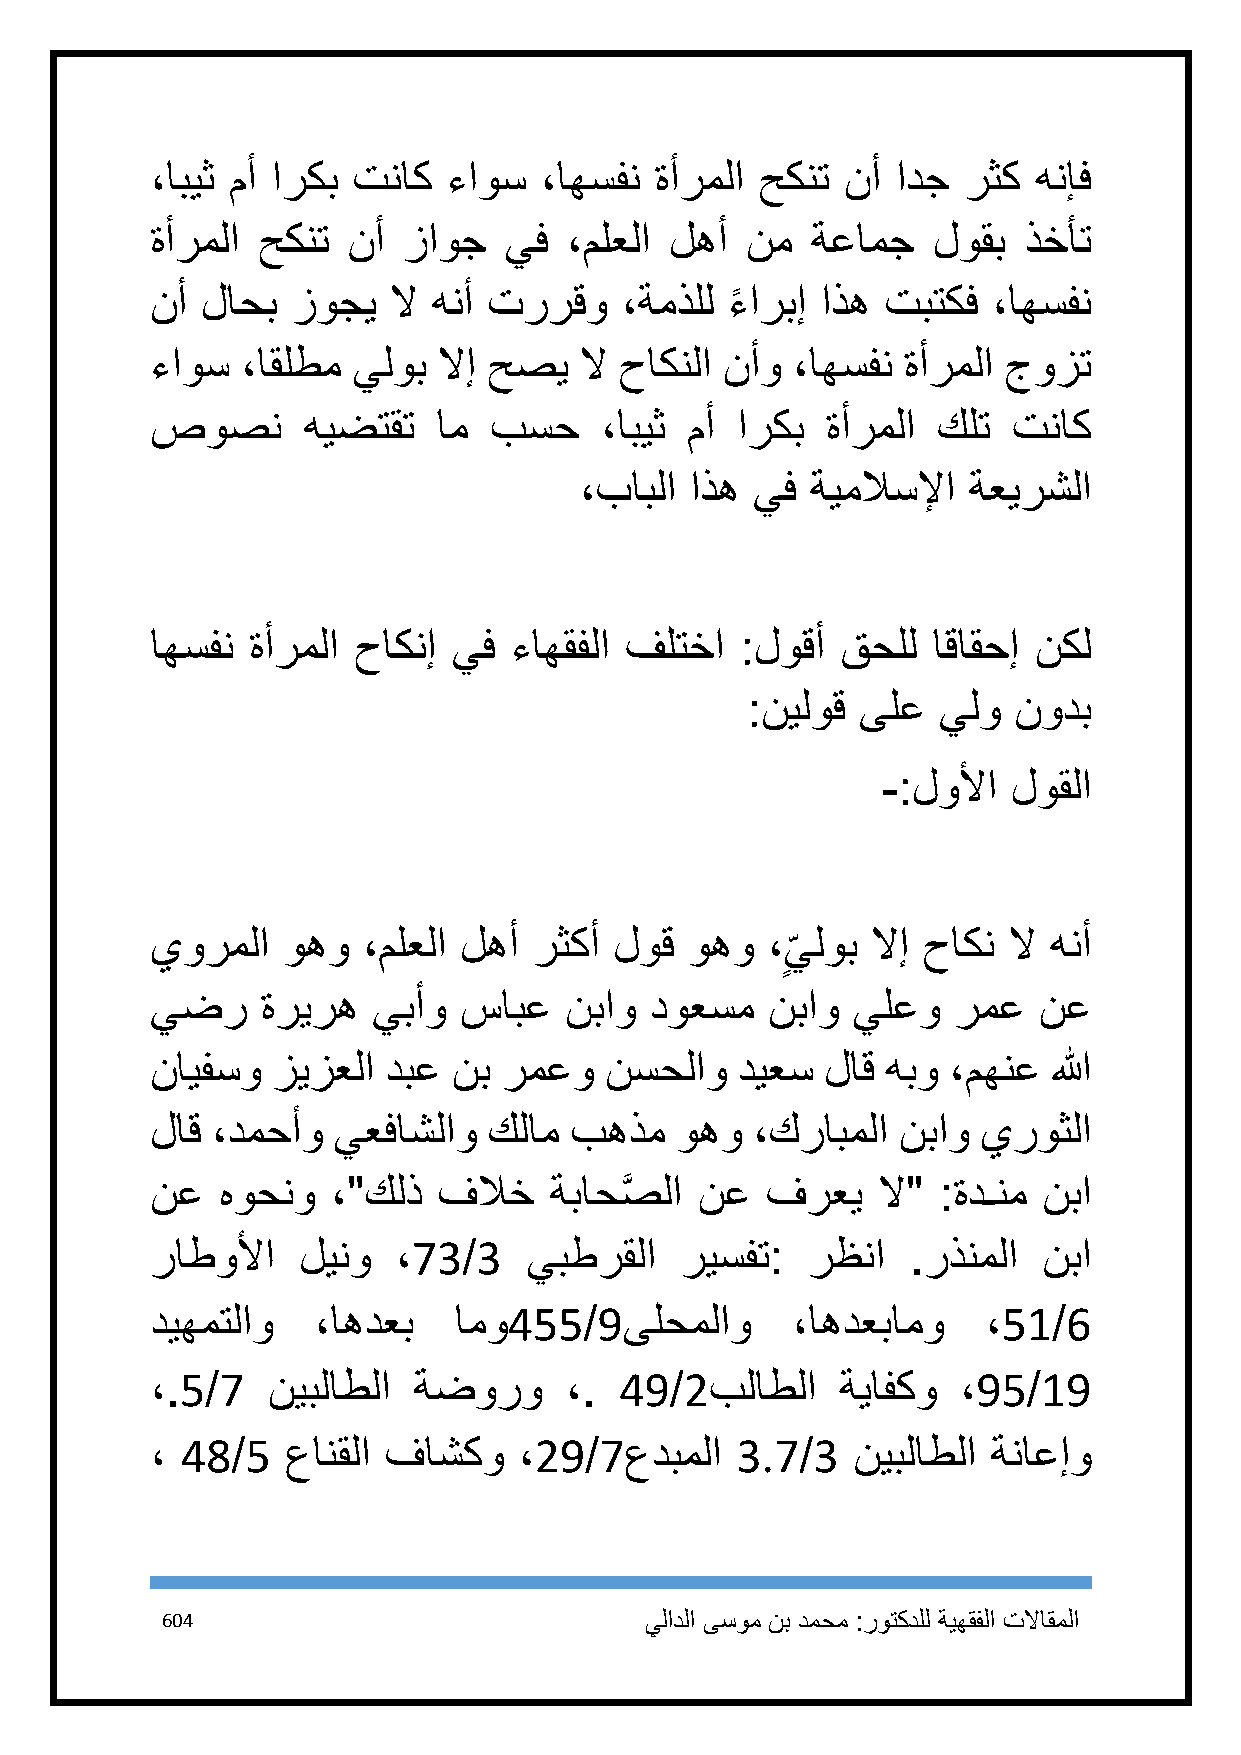
،ابيث مأ اركب تناك  ءاوس  ،اهسفن ةأرملا حكنت  نأ ادج  رثك  هنإف
 ةأرملا حكنت  نأ  زاوج  يف  ،ملعلا لهأ  نم   ةعامج   لوقب  ذخأت
 نأ لاحب  زوجي   لا هنأ تررقو   ،ةمذلل ءً اربإ اذه تبتكف ،اهسفن
 ءاوس  ،اقلطم يلوب  لاإ حصي  لا حاكنلا نأو ،اهسفن  ةأرملا جوزت
 صوصن      هيضتقت   ام بسح     ،ابيث مأ اركب  ةأرملا كلت  تناك
 ،بابلا  اذه يف  ةيملاسلإا ةعيرشلا
 اهسفن  ةأرملا حاكنإ يف  ءاهقفلا فلتخا  :لوقأ  قحلل  اقاقحإ نكل
 :نيلوق  ىلع  يلو  نودب
 -:لولأا  لوقلا
 يورملا   وهو  ،ملعلا لهأ رثكأ  لوق  وهو  ،يلوب  لاإ حاكن لا هنأ
 ٍ
 يضر    ةريره   يبأو سابع   نباو  دوعسم   نباو يلعو   رمع   نع
 نايفسو  زيزعلا دبع  نب رمعو   نسحلاو   ديعس  لاق هبو ،مهنع  الله
 لاق ،دمحأو  يعفاشلاو  كلام  بهذم   وهو  ،كرابملا نباو  يروثلا
 نع   هوحنو  ،"كلذ  فلاخ   ةباحصَّ لا نع  فرعي   لا" :ةدـنم نبا
 راطولأا   لينو  ،73/3    يبطرقلا   ريسفت:  رظنا   .رذنملا  نبا
 ديهمتلاو   ،اهدعب   امو455/9ىلحملاو       ،اهدعبامو    ،51/6
 ،.5/7   نيبلاطلا ةضورو     ،.  49/2بلاطلا     ةيافكو  ،95/19
 ، 48/5   عانقلا فاشكو   ،29/7عدبملا    3.7/3  نيبلاطلا  ةناعإو
 614                             يلادلا ىسوم نب دمحم :روتكدلل ةيهقفلا تلااقملا